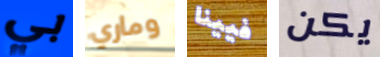
بي وماري فيينا يكن